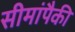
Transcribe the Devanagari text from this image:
सीमांपैकी